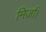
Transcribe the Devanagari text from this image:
मिर्ज़ा।